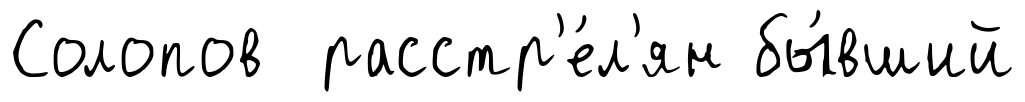
Солопов расстр'е́л'ян бы́вший